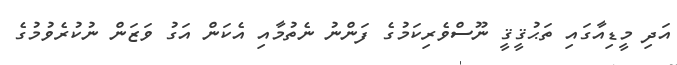
އަދި މީޑިއާގައި ތަޙުޤީޤީ ނޫސްވެރިކަމުގެ ފަންނު ނެތުމާއި އެކަން އަގު ވަޒަން ނުކުރެވުމުގެ